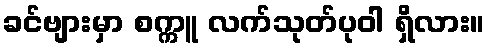
ခင်ဗျားမှာ စက္ကူ လက်သုတ်ပုဝါ ရှိလား။